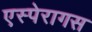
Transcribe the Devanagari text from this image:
एस्पेरागस